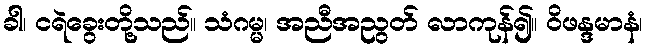
ခါ၊ ငရဲခွေးတို့သည်။ သံဂမ္မ၊ အညီအညွတ် လာကုန်၍။ ဝိဖန္ဒမာနံ၊